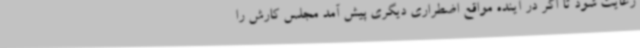
رعایت شود تا اگر در آینده مواقع اضطراری دیگری پیش آمد مجلس کارش را